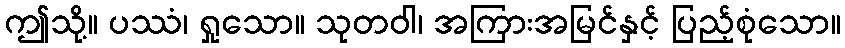
ဤသို့။ ပဿံ၊ ရှုသော။ သုတဝါ၊ အကြားအမြင်နှင့် ပြည့်စုံသော။